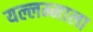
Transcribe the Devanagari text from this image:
यल्लम्माला